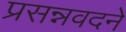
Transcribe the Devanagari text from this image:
प्रसन्नवदने